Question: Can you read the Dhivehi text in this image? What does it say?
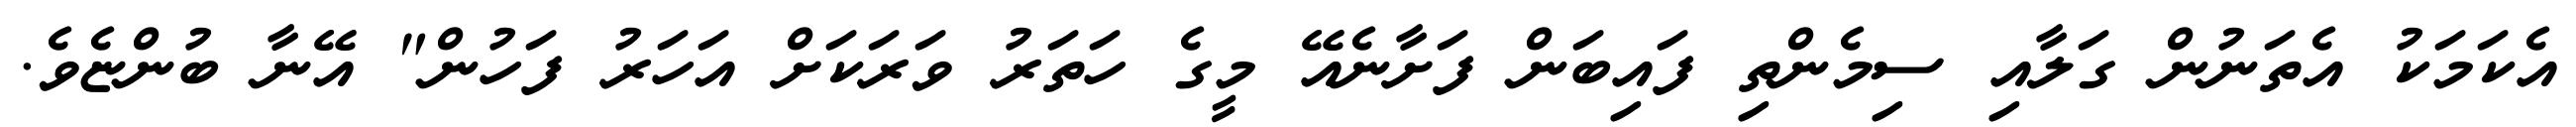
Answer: އެކަމަކު އެތަނުން ގަލާއި ސިމެންތި ފައިބަން ފަށާނެއޭ މީގެ ހަތަރު ވަރަކަށް އަހަރު ފަހުން" އޭނާ ބުންޏެވެ.